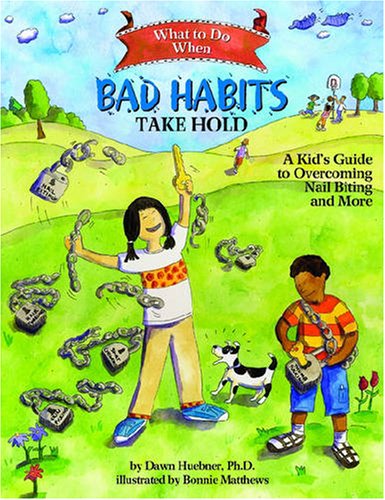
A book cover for What to Do When Bad Habits Take Hold: A Kid's Guide to Overcoming Nail Biting and More (What to Do Guides for Kids); Dawn Huebner; Health, Fitness & Dieting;